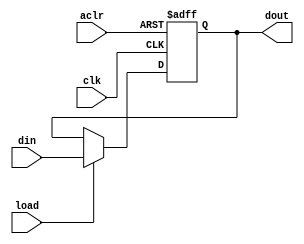
module reg8bit (din, load, clk, aclr, dout);
input [7:0] din;
input load, clk, aclr;
output [7:0] dout;

reg [7:0] dout;

always @(negedge clk or posedge aclr)
begin
	if(aclr == 1'b1)
		dout = 8'b00000000;
	else if(load == 1'b1)
		dout = din;
	else
		dout = dout;
end

endmodule